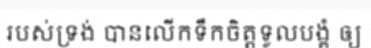
របស់ទ្រង់ បានលើកទឹកចិត្តទូលបង្គំ ឲ្យ